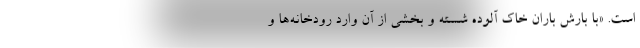
است. «با بارش باران خاك آلوده شسته و بخشي از آن وارد رودخانه‌ها و